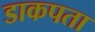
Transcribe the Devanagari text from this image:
डाकपता